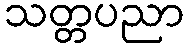
သတ္တပညာ